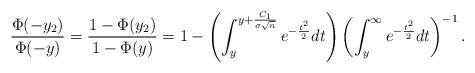
LaTeX: \begin{align*} \frac{\Phi(-y_2) }{ \Phi(-y) } = \frac{ 1 - \Phi(y_2) }{ 1 - \Phi(y) } = 1 - \left( \int_{ y }^{ y + \frac{C_1}{\sigma \sqrt{n}} } e^{- \frac{t^2}{2}} dt \right) \left( \int_y^{\infty} e^{- \frac{t^2}{2}} dt \right)^{-1}. \end{align*}